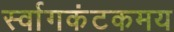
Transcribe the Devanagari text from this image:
र्स्वागकंटकमय